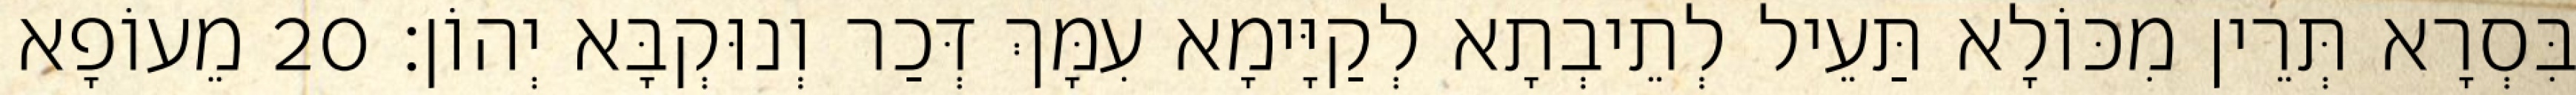
בִּסְרָא תְּרֵין מִכּוֹלָא תַּעֵיל לְתֵיבְתָא לְקַיָּימָא עִמָּךְ דְּכַר וְנוּקְבָּא יְהוֹן׃ 20 מֵעוֹפָא